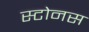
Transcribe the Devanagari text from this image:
स्टोनस